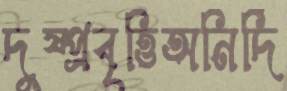
দুষ্প্রবৃত্তিঅনির্দি